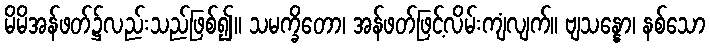
မိမိအန်ဖတ်၌လည်းသည်ဖြစ်၍။ သမက္ခိတော၊ အန်ဖတ်ဖြင့်လိမ်းကျံလျက်။ ဗျသန္နော၊ နစ်သော